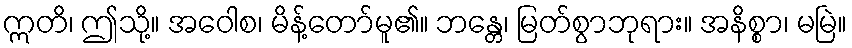
ဣတိ၊ ဤသို့။ အဝေါစ၊ မိန့်တော်မူ၏။ ဘန္တေ၊ မြတ်စွာဘုရား။ အနိစ္စာ၊ မမြဲ။